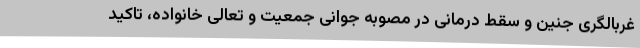
غربالگری جنین و سقط درمانی در مصوبه جوانی جمعیت و تعالی خانواده، تاکید